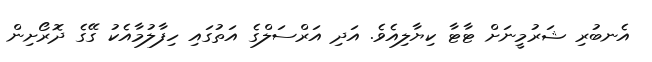
އެނބުރި ޝަރުމީނަށް ޓާޓާ ކިޔާލިއެވެ. އަދި އަރްސަލްގެ އަތުގައި ހިފާލުމާއެކު ގޭގެ ދޮރޯށިން